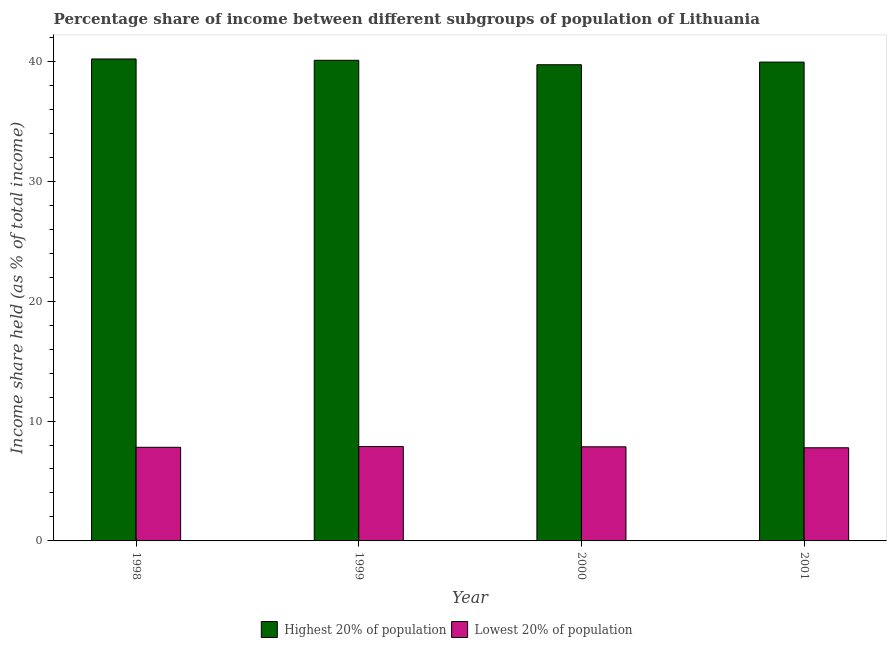
| Year | Highest 20% of population | Lowest 20% of population |
 | --- | --- | --- |
 | 1998 | 40.2 | 7.81 |
 | 1999 | 40.1 | 7.87 |
 | 2000 | 39.7 | 7.85 |
 | 2001 | 39.9 | 7.77 |